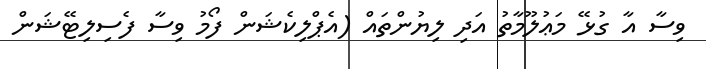
ވިސާ އާ ގުޅޭ މަޢުލޫމާތު އަދި ލިޔުންތައް (އެޕްލިކެޝަން ފޯމު ވިސާ ފެސިލިޓޭޝަން